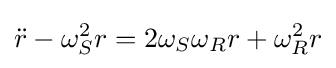
{\ddot {r}}-\omega _{S}^{2}r=2\omega _{S}\omega _{R}r+\omega _{R}^{2}r